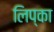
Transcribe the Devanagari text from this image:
लिप्का